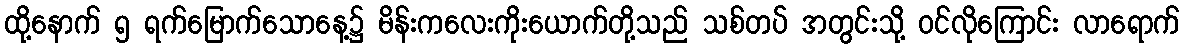
ထို့နောက် ၅ ရက်မြောက်သောနေ့၌ မိန်းကလေးကိုးယောက်တို့သည် သစ်တပ် အတွင်းသို့ ဝင်လိုကြောင်း လာရောက်